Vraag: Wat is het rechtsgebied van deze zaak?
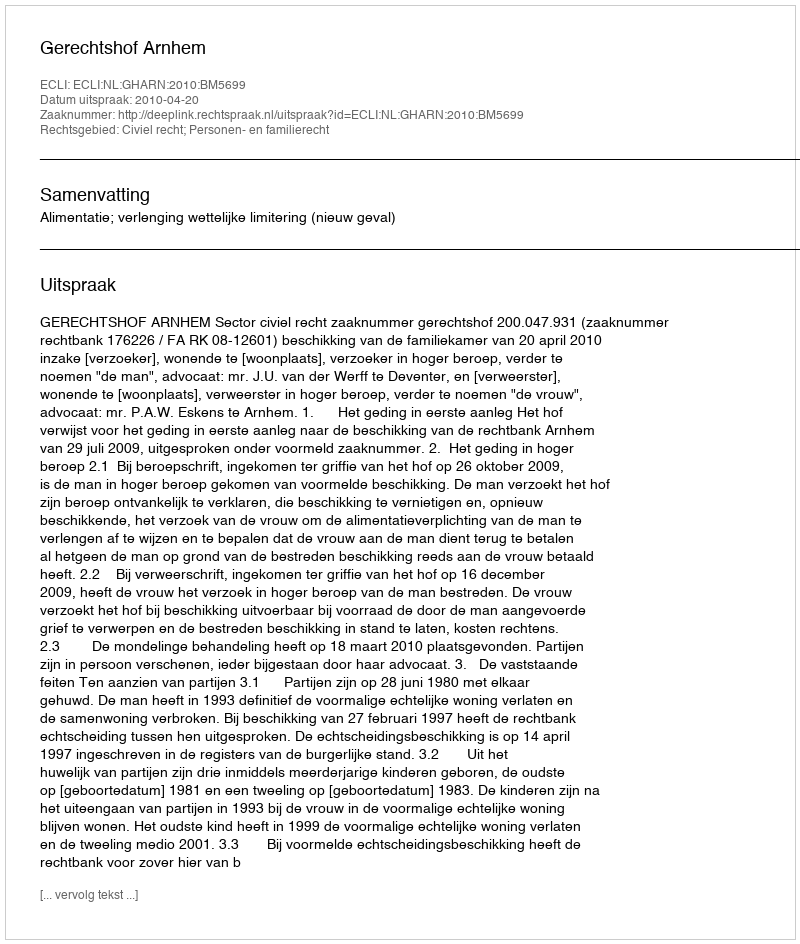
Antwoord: Civiel recht; Personen- en familierecht